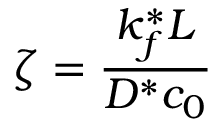
\zeta = \frac { k _ { f } ^ { * } L } { D ^ { * } c _ { 0 } }